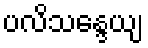
ပလိသန္ဒေယျ